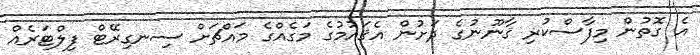
އެ ގޮތުން މިފާސްކުރި ޤާނޫނުގެ ދަށުން އެޤައުމުގެ މަގެއްގެ މައްޗަށް ސިނގިރޭޓް ފިލްޓަރެއް